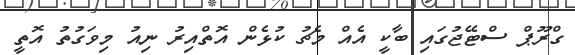
ގްރޫޕް ސްޓޭޖުގައި ބާކީ އެއް މެޗު ކުޅެން އޮތްއިރު ނިއު މިވަގުތު އޮތީ